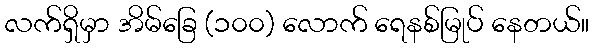
လက်ရှိမှာ အိမ်ခြေ (၁၀၀) လောက် ရေနစ်မြုပ် နေတယ်။